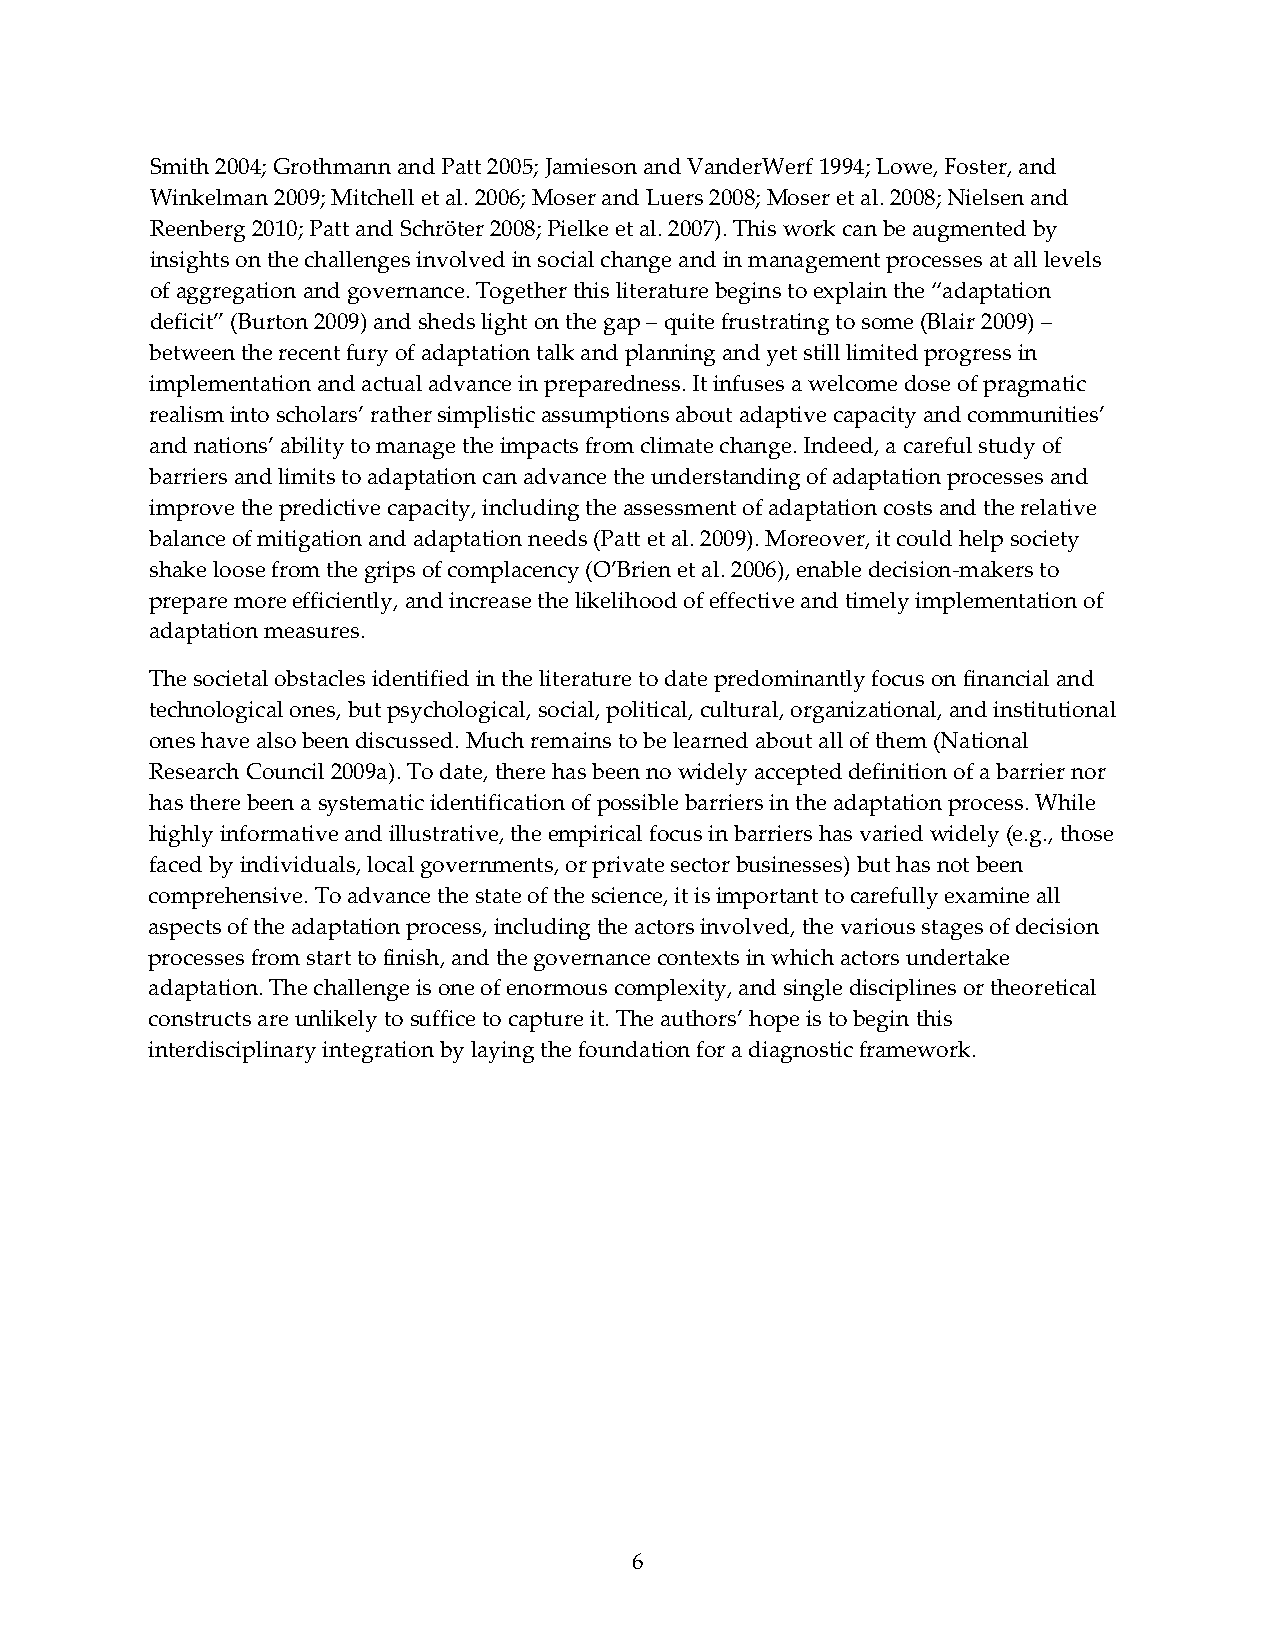
Smith 2004; Grothmann and Patt 2005; Jamieson and VanderWerf 1994; Lowe, Foster, and
 Winkelman 2009; Mitchell et al. 2006; Moser and Luers 2008; Moser et al. 2008; Nielsen and
 Reenberg 2010; Patt and Schröter 2008; Pielke et al. 2007). This work can be augmented by
 insights on the challenges involved in social change and in management processes at all levels
 of aggregation and governance. Together this literature begins to explain the “adaptation
 deficit” (Burton 2009) and sheds light on the gap – quite frustrating to some (Blair 2009) –
 between the recent fury of adaptation talk and planning and yet still limited progress in
 implementation and actual advance in preparedness. It infuses a welcome dose of pragmatic
 realism into scholars’ rather simplistic assumptions about adaptive capacity and communities’
 and nations’ ability to manage the impacts from climate change. Indeed, a careful study of
 barriers and limits to adaptation can advance the understanding of adaptation processes and
 improve the predictive capacity, including the assessment of adaptation costs and the relative
 balance of mitigation and adaptation needs (Patt et al. 2009). Moreover, it could help society
 shake loose from the grips of complacency (O’Brien et al. 2006), enable decision‐makers to
 prepare more efficiently, and increase the likelihood of effective and timely implementation of
 adaptation measures.
 The societal obstacles identified in the literature to date predominantly focus on financial and
 technological ones, but psychological, social, political, cultural, organizational, and institutional
 ones have also been discussed. Much remains to be learned about all of them (National
 Research Council 2009a). To date, there has been no widely accepted definition of a barrier nor
 has there been a systematic identification of possible barriers in the adaptation process. While
 highly informative and illustrative, the empirical focus in barriers has varied widely (e.g., those
 faced by individuals, local governments, or private sector businesses) but has not been
 comprehensive. To advance the state of the science, it is important to carefully examine all
 aspects of the adaptation process, including the actors involved, the various stages of decision
 processes from start to finish, and the governance contexts in which actors undertake
 adaptation. The challenge is one of enormous complexity, and single disciplines or theoretical
 constructs are unlikely to suffice to capture it. The authors’ hope is to begin this
 interdisciplinary integration by laying the foundation for a diagnostic framework.
 6